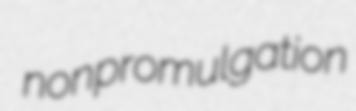
nonpromulgation